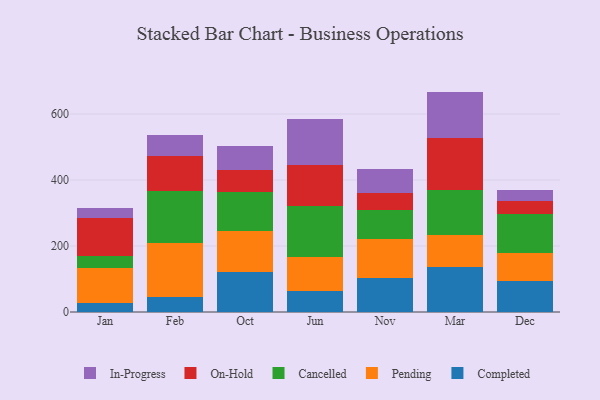
{"axis": {"x": "Month", "y": "Backlog"}, "legend": ["Cancelled", "Completed", "In-Progress", "On-Hold", "Pending"], "data": [{"x": "Jan", "y": 28.8, "type": "Completed"}, {"x": "Jan", "y": 104.5, "type": "Pending"}, {"x": "Jan", "y": 37.4, "type": "Cancelled"}, {"x": "Jan", "y": 114.0, "type": "On-Hold"}, {"x": "Jan", "y": 29.4, "type": "In-Progress"}, {"x": "Feb", "y": 45.3, "type": "Completed"}, {"x": "Feb", "y": 162.8, "type": "Pending"}, {"x": "Feb", "y": 157.8, "type": "Cancelled"}, {"x": "Feb", "y": 107.0, "type": "On-Hold"}, {"x": "Feb", "y": 64.6, "type": "In-Progress"}, {"x": "Oct", "y": 120.9, "type": "Completed"}, {"x": "Oct", "y": 126.0, "type": "Pending"}, {"x": "Oct", "y": 117.1, "type": "Cancelled"}, {"x": "Oct", "y": 66.9, "type": "On-Hold"}, {"x": "Oct", "y": 71.1, "type": "In-Progress"}, {"x": "Jun", "y": 64.3, "type": "Completed"}, {"x": "Jun", "y": 102.4, "type": "Pending"}, {"x": "Jun", "y": 155.5, "type": "Cancelled"}, {"x": "Jun", "y": 122.9, "type": "On-Hold"}, {"x": "Jun", "y": 140.1, "type": "In-Progress"}, {"x": "Nov", "y": 102.2, "type": "Completed"}, {"x": "Nov", "y": 117.6, "type": "Pending"}, {"x": "Nov", "y": 88.4, "type": "Cancelled"}, {"x": "Nov", "y": 53.0, "type": "On-Hold"}, {"x": "Nov", "y": 70.9, "type": "In-Progress"}, {"x": "Mar", "y": 135.6, "type": "Completed"}, {"x": "Mar", "y": 96.5, "type": "Pending"}, {"x": "Mar", "y": 138.1, "type": "Cancelled"}, {"x": "Mar", "y": 156.2, "type": "On-Hold"}, {"x": "Mar", "y": 141.5, "type": "In-Progress"}, {"x": "Dec", "y": 94.9, "type": "Completed"}, {"x": "Dec", "y": 83.1, "type": "Pending"}, {"x": "Dec", "y": 119.4, "type": "Cancelled"}, {"x": "Dec", "y": 39.1, "type": "On-Hold"}, {"x": "Dec", "y": 34.6, "type": "In-Progress"}]}